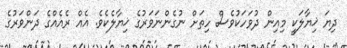
ދިޔަ ޚިޔާލަކީ މިއިން ދުވަހަކުވެސް ހިތަށް ނުގެންނަވަރުގެ ޚިޔާލެކެވެ. އެއް ރެއެއްގެ ދަންވަރުގެ